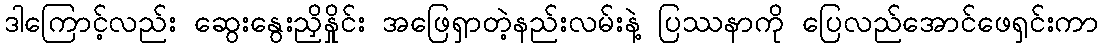
ဒါကြောင့်လည်း ဆွေးနွေးညှိနှိုင်း အဖြေရှာတဲ့နည်းလမ်းနဲ့ ပြဿနာကို ပြေလည်အောင်ဖေရှင်းကာ